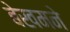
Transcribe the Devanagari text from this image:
बेखमने